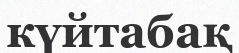
күйтабақ